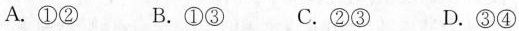
A.①② B.①③ C.②③ D.③④